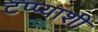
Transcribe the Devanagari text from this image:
टप्प्याशी